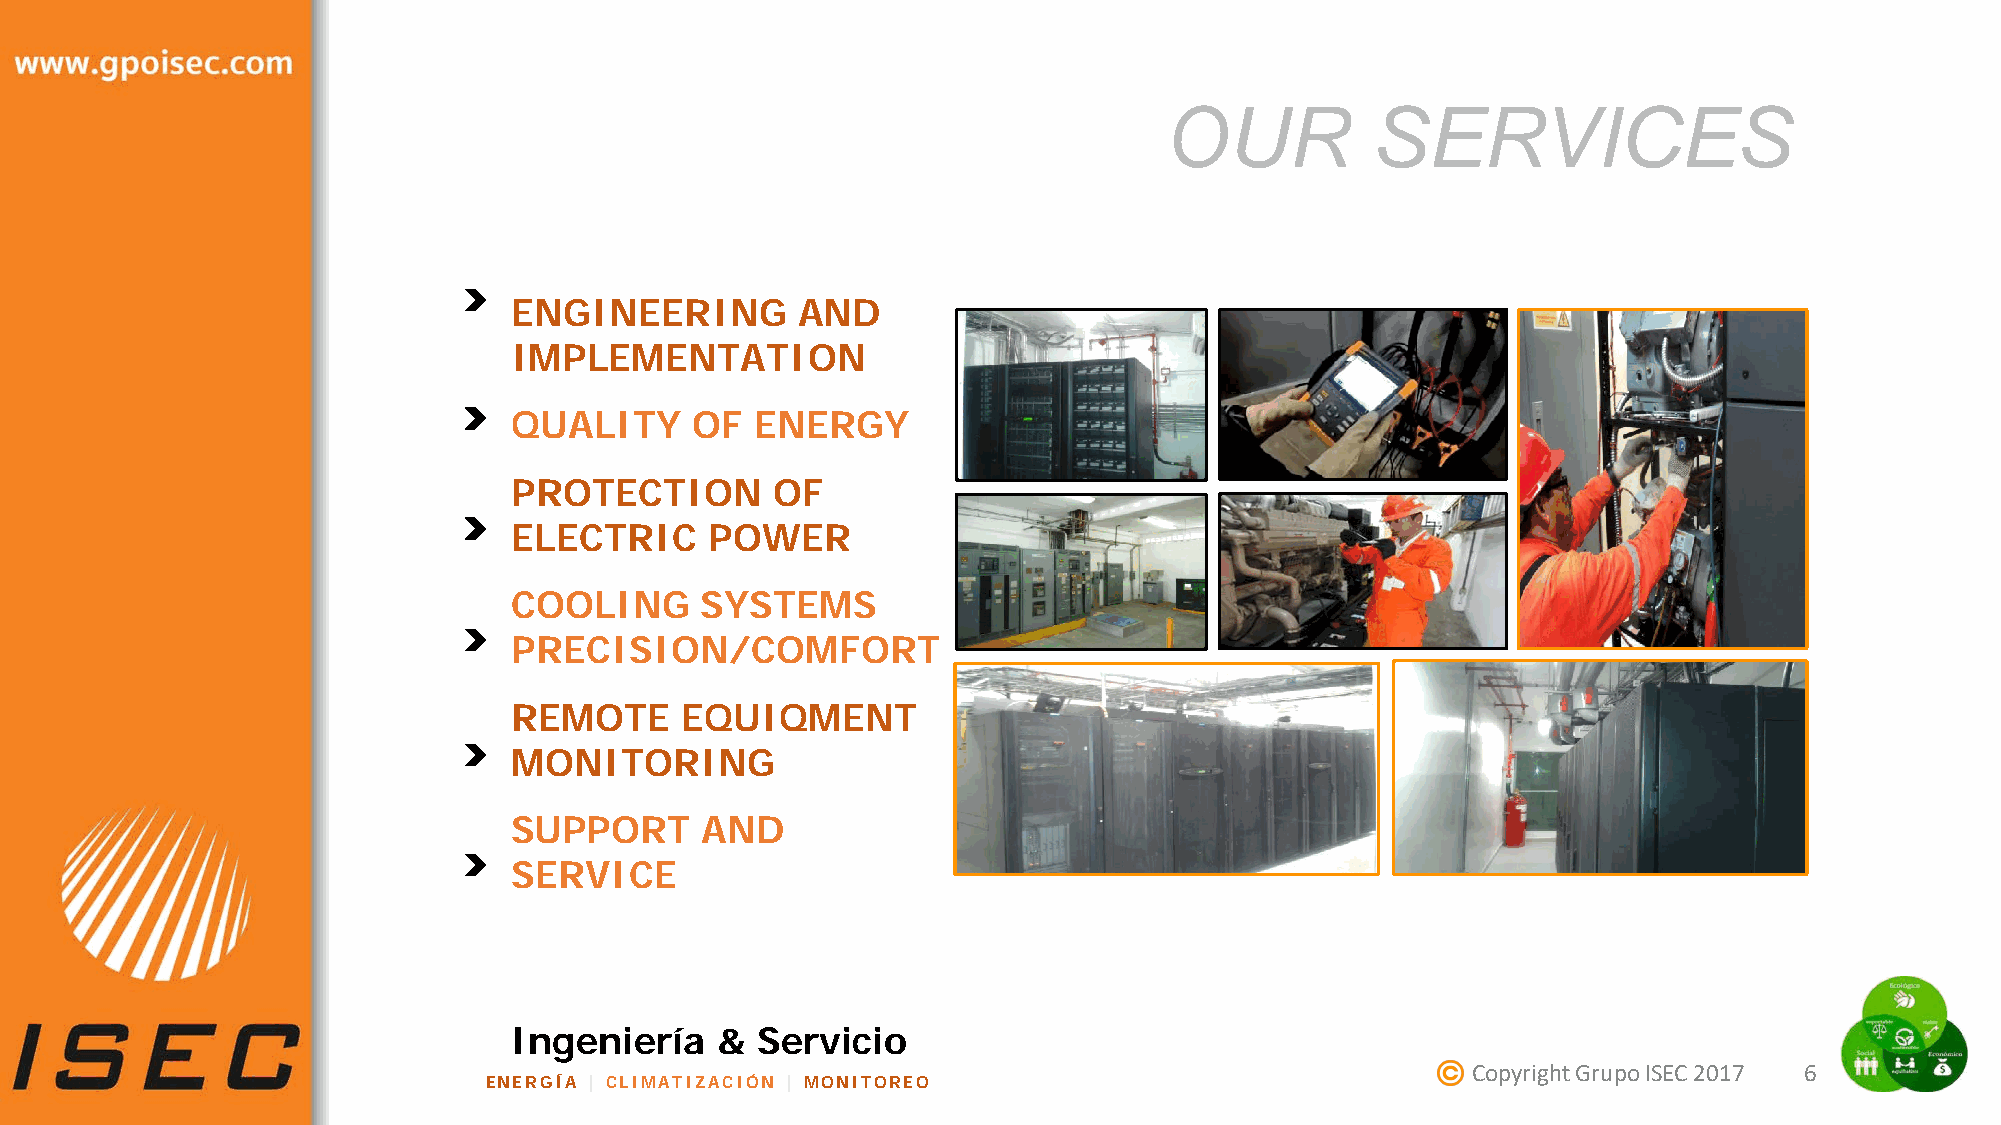
OUR           SERVICES
 ENGINEERING        AND
 IMPLEMENTATION
 QUALITY     OF  ENERGY
 PROTECTION       OF
 ELECTRIC     POWER
 COOLING     SYSTEMS
 PRECISION/COMFORT
 REMOTE     EQUIQMENT
 MONITORING
 SUPPORT     AND
 SERVICE
 Ingeniería   &  Servicio
 Copyright Grupo ISEC 2017 6
 ENERGÍA | CLIMATIZACIÓN | MONITOREO